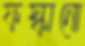
ফস্কানো